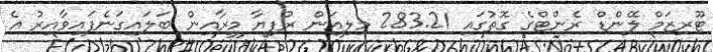
ޓޫރިޒަމް ލޭންޑް ރެންޓްގެ ގޮތުގައި 283.21 މިލިއަން ރުފިޔާ މީރާއިން ބަލައިގަނެފައިވާއިރު އެ